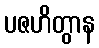
ပဇဟိတွာန